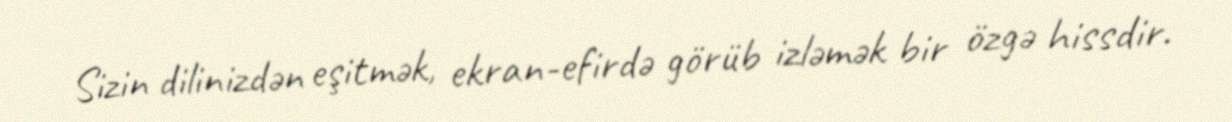
Sizin dilinizdən eşitmək, ekran-efirdə görüb izləmək bir özgə hissdir.